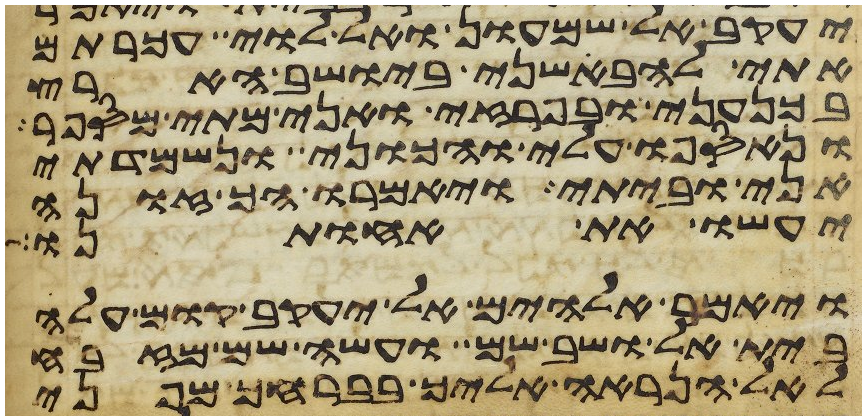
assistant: יעקב אל שמעון ואל לוי עכרתם
אתי להבאשני ביושב הארץ
בכנעני ובפרזי ואני מתי מספר
ונאספו עלי והכוני ונשמדתי
אני וביתי ויאמרו הך זונה
יעשו את אחותנו
ויאמר אלהים אל יעקב קום עלה
בית אל ושב שם ועשה שם מזבח
לאל הנראה אליך בברחך מפני